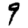
Digit: 9